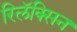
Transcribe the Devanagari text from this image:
रिलॅक्सिन